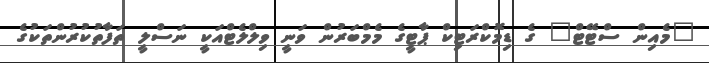
"މެއިން ސްޓޭޓް" ގެ ޑިމޮކްރަޓިކް ޕާޓީގެ މެމްބަރުން ވަނީ ވިލްލެޓްއަކީ ނަސްލީ ތަފާތުކުރުންތަކުގެ